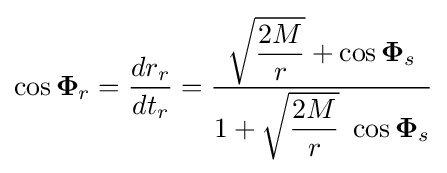
\cos {\boldsymbol {\Phi }}_{r}={\frac {dr_{r}}{dt_{r}}}={\frac {{\sqrt {\dfrac {2M}{r}}}+\cos {\boldsymbol {\Phi }}_{s}}{1+{\sqrt {\dfrac {2M}{r}}}\ \cos {\boldsymbol {\Phi }}_{s}}}